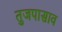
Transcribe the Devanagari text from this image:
तुजपासाव